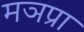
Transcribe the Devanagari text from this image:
मञप्रा